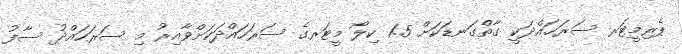
ޕެރިމީޓަރ ސަރަޙައްދަކީ ގާތްގަނޑަކަށް 1.5 ކިލޯ މީޓަރގެ ސަރަހައްދަކަށްވާއިރު މި ސަރަހައްދު ސާފު